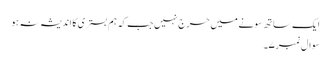
ایک ساتھ سونے میں حرج نہیں جب کہ ہم بستری کا اندیشہ نہ ہو
سوال نمبر ۷۔